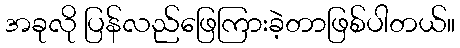
အခုလို ပြန်လည်ဖြေကြားခဲ့တာဖြစ်ပါတယ်။